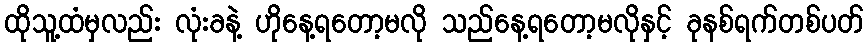
ထိုသူ့ထံမှလည်း လုံးခနဲ့ ဟိုနေ့ရတော့မလို သည်နေ့ရတော့မလိုနှင့် ခုနစ်ရက်တစ်ပတ်